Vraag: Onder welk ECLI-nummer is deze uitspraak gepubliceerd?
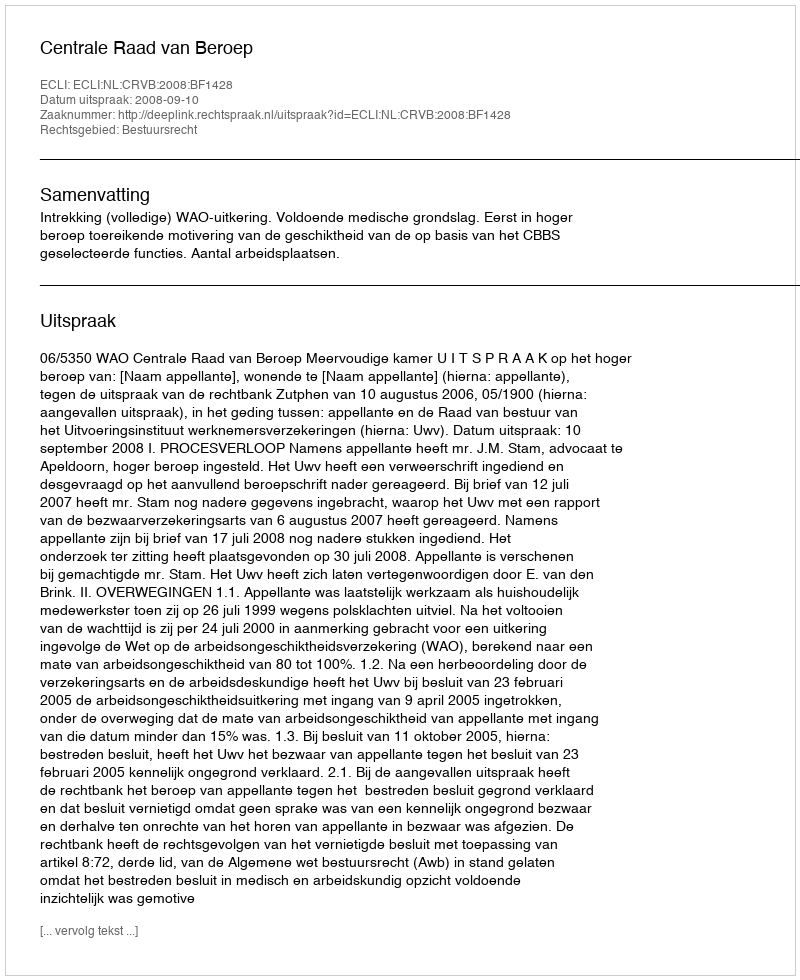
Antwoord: ECLI:NL:CRVB:2008:BF1428